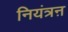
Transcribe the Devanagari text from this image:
नियंत्रऩ